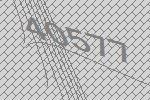
40577